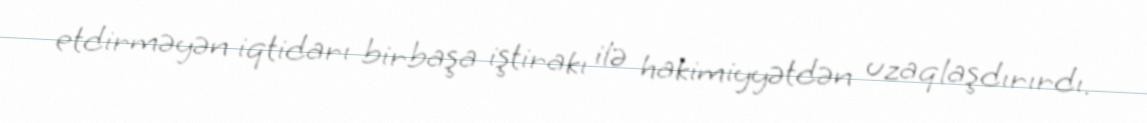
etdirməyən iqtidarı birbaşa iştirakı ilə hakimiyyətdən uzaqlaşdırırdı.